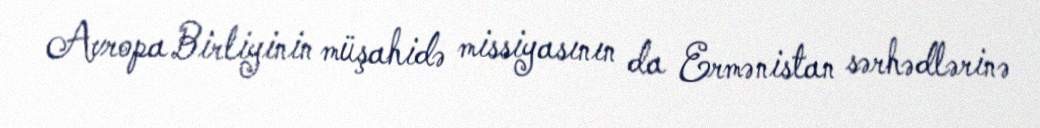
Avropa Birliyinin müşahidə missiyasının da Ermənistan sərhədlərinə